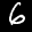
Label: 6